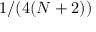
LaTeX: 1 / ( 4 ( N + 2 ) )